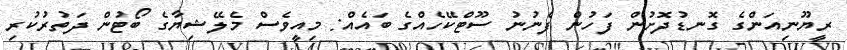
ރީޔޫނިއަންގެ ގޮނޑުދޮށުން ފަހުން ފެނުނު ސޫޓްކޭހެއްގެ ބައެއް: މިއީވެސް މެލޭޝިޔާގެ ބޯޓުން ދަތުރުކުރި